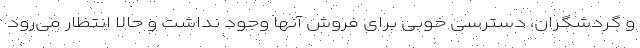
و گردشگران، دسترسی خوبی برای فروش آنها وجود نداشت و حالا انتظار می‌رود